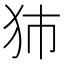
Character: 犻